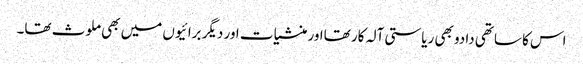
اس کا ساتھی دادو بھی ریاستی آلہ کار تھااور منشیات اور دیگر برائیوں میں بھی ملوث تھا۔